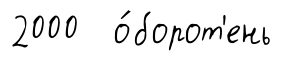
2000 о́борот'ень